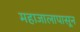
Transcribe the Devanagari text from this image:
महाजालापासून